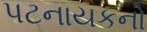
પટનાયકનો